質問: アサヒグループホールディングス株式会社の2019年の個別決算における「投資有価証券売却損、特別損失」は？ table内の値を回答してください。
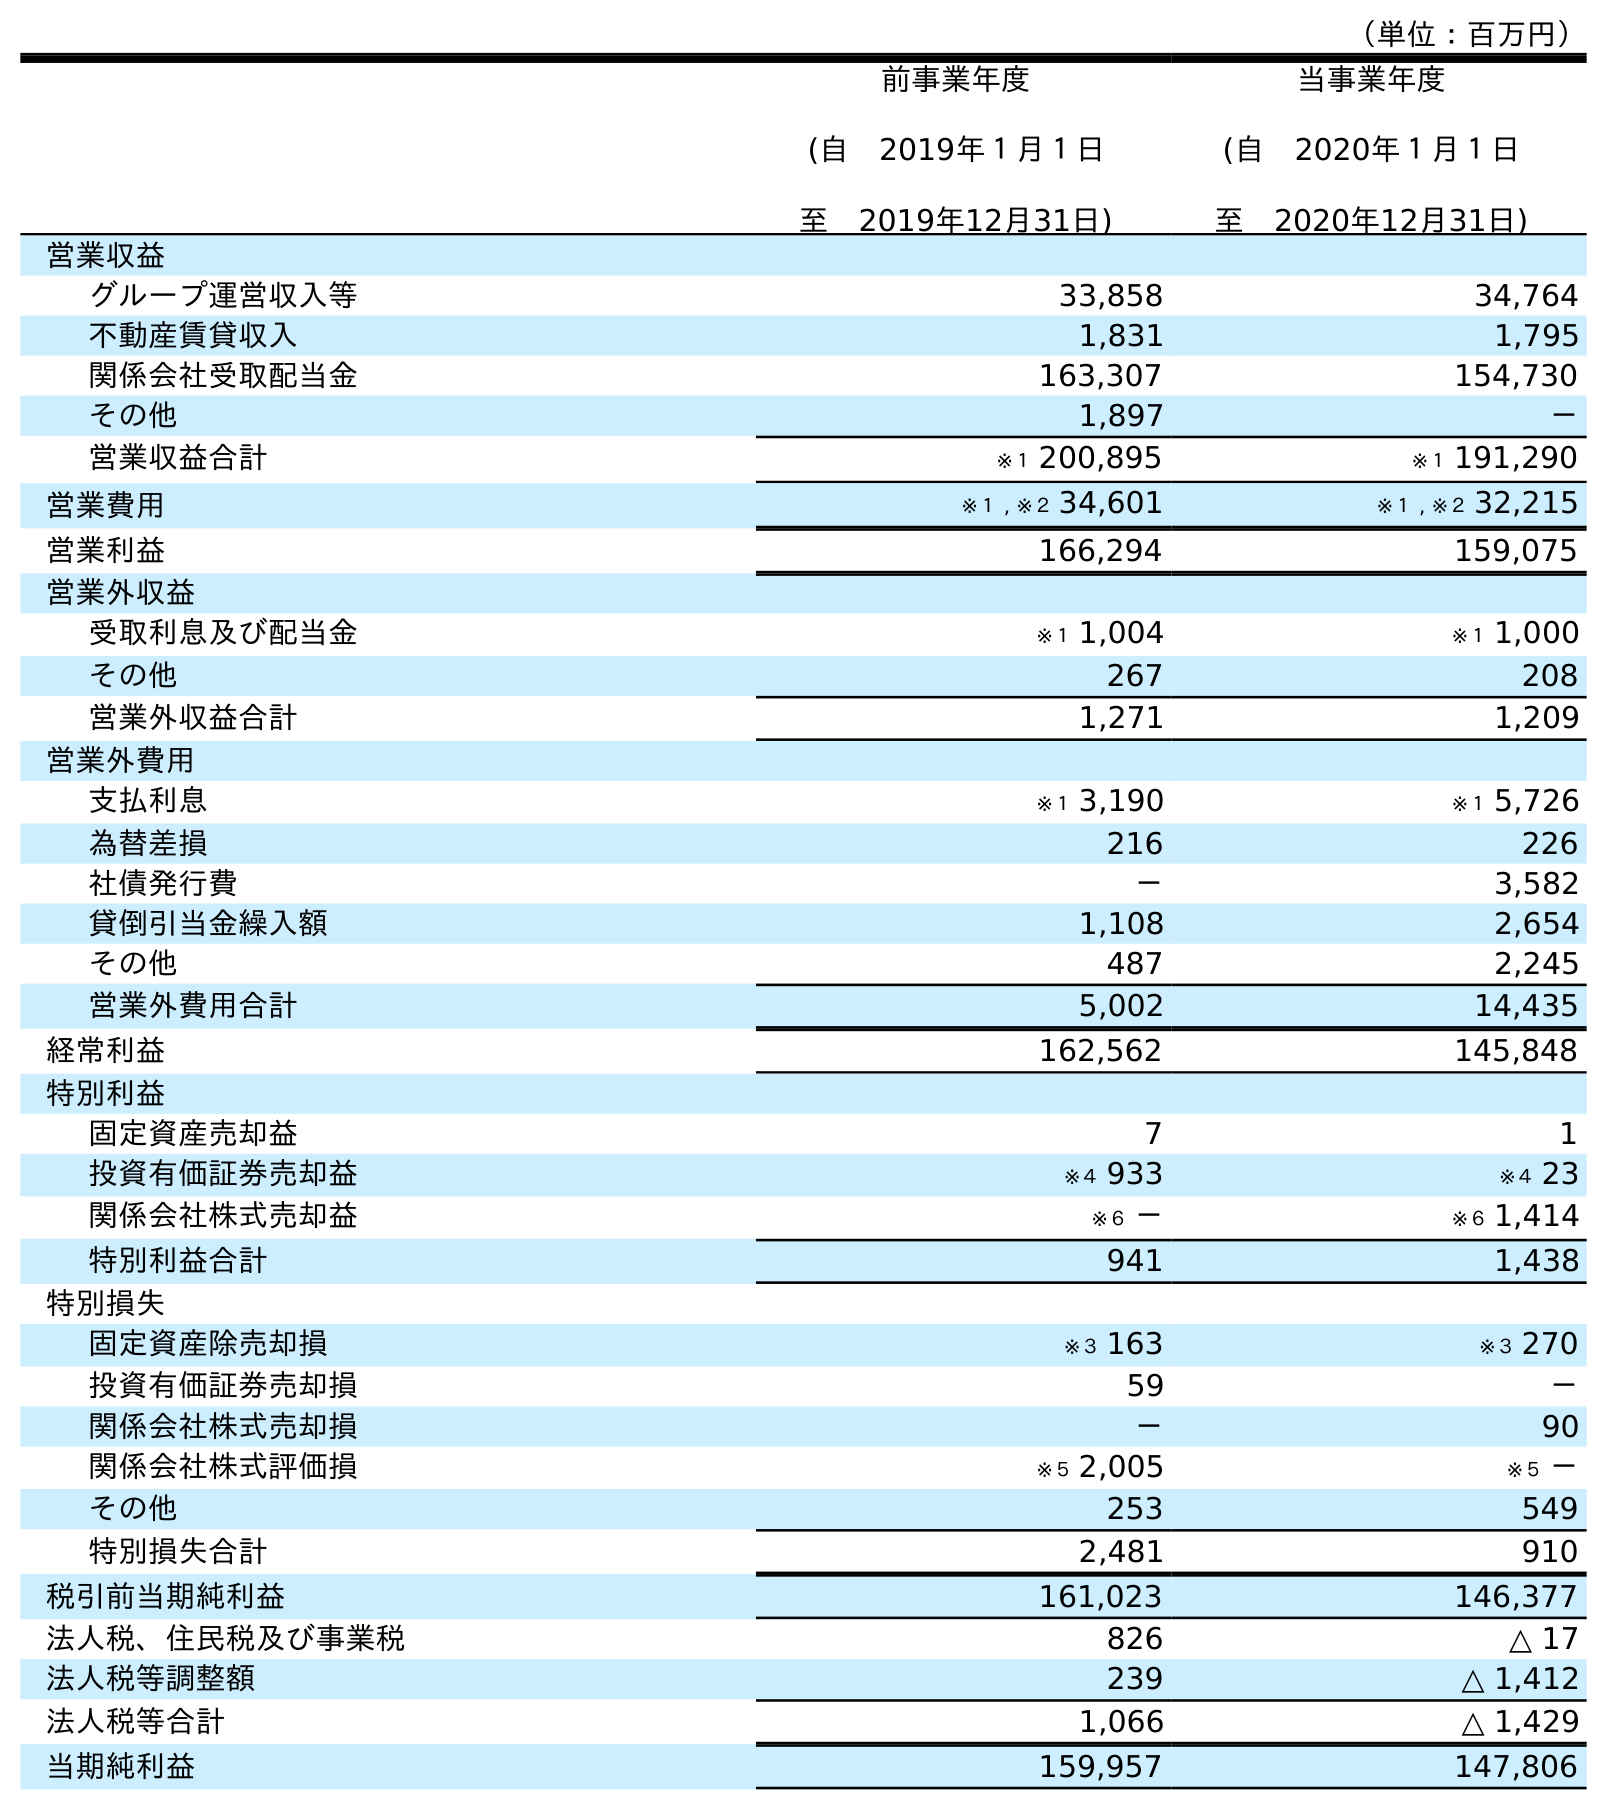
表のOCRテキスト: （単位：百万円） 前事業年度 (自 2019年１月１日 至 2019年12月31日) 当事業年度 (自 2020年１月１日 至 2020年12月31日) 営業収益 グループ運営収入等 33,858 34,764 不動産賃貸収入 1,831 1,795 関係会社受取配当金 163,307 154,730 その他 1,897 － 営業収益合計 ※１ 200,895 ※１ 191,290 営業費用 ※１ , ※２ 34,601 ※１ , ※２ 32,215 営業利益 166,294 159,075 営業外収益 受取利息及び配当金 ※１ 1,004 ※１ 1,000 その他 267 208 営業外収益合計 1,271 1,209 営業外費用 支払利息 ※１ 3,190 ※１ 5,726 為替差損 216 226 社債発行費 － 3,582 貸倒引当金繰入額 1,108 2,654 その他 487 2,245 営業外費用合計 5,002 14,435 経常利益 162,562 145,848 特別利益 固定資産売却益 7 1 投資有価証券売却益 ※４ 933 ※４ 23 関係会社株式売却益 ※６ － ※６ 1,414 特別利益合計 941 1,438 特別損失 固定資産除売却損 ※３ 163 ※３ 270 投資有価証券売却損 59 － 関係会社株式売却損 － 90 関係会社株式評価損 ※５ 2,005 ※５ － その他 253 549 特別損失合計 2,481 910 税引前当期純利益 161,023 146,377 法人税、住民税及び事業税 826 △ 17 法人税等調整額 239 △ 1,412 法人税等合計 1,066 △ 1,429 当期純利益 159,957 147,806
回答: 59